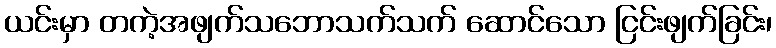
ယင်းမှာ တကဲ့အဖျက်သဘောသက်သက် ဆောင်သော ငြင်းဖျက်ခြင်း၊